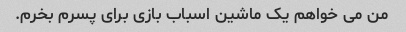
من می خواهم یک ماشین اسباب بازی برای پسرم بخرم.